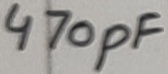
Text: 470pF